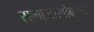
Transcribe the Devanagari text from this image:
समाजासोबतचे